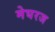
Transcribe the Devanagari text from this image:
मेघरज